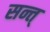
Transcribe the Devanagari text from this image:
सन्त्